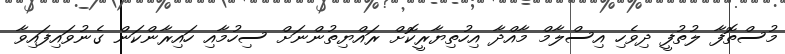
މުސްތޮފާ ލުތުފީ ދިވެހި އިސްލާމް މާއްދާ އިހުތިޔާރީކޮށް ރައްޔިތުންނަށް ސިހުމާއި ހައިރާންކަން ގެނުވައިފައިވާ